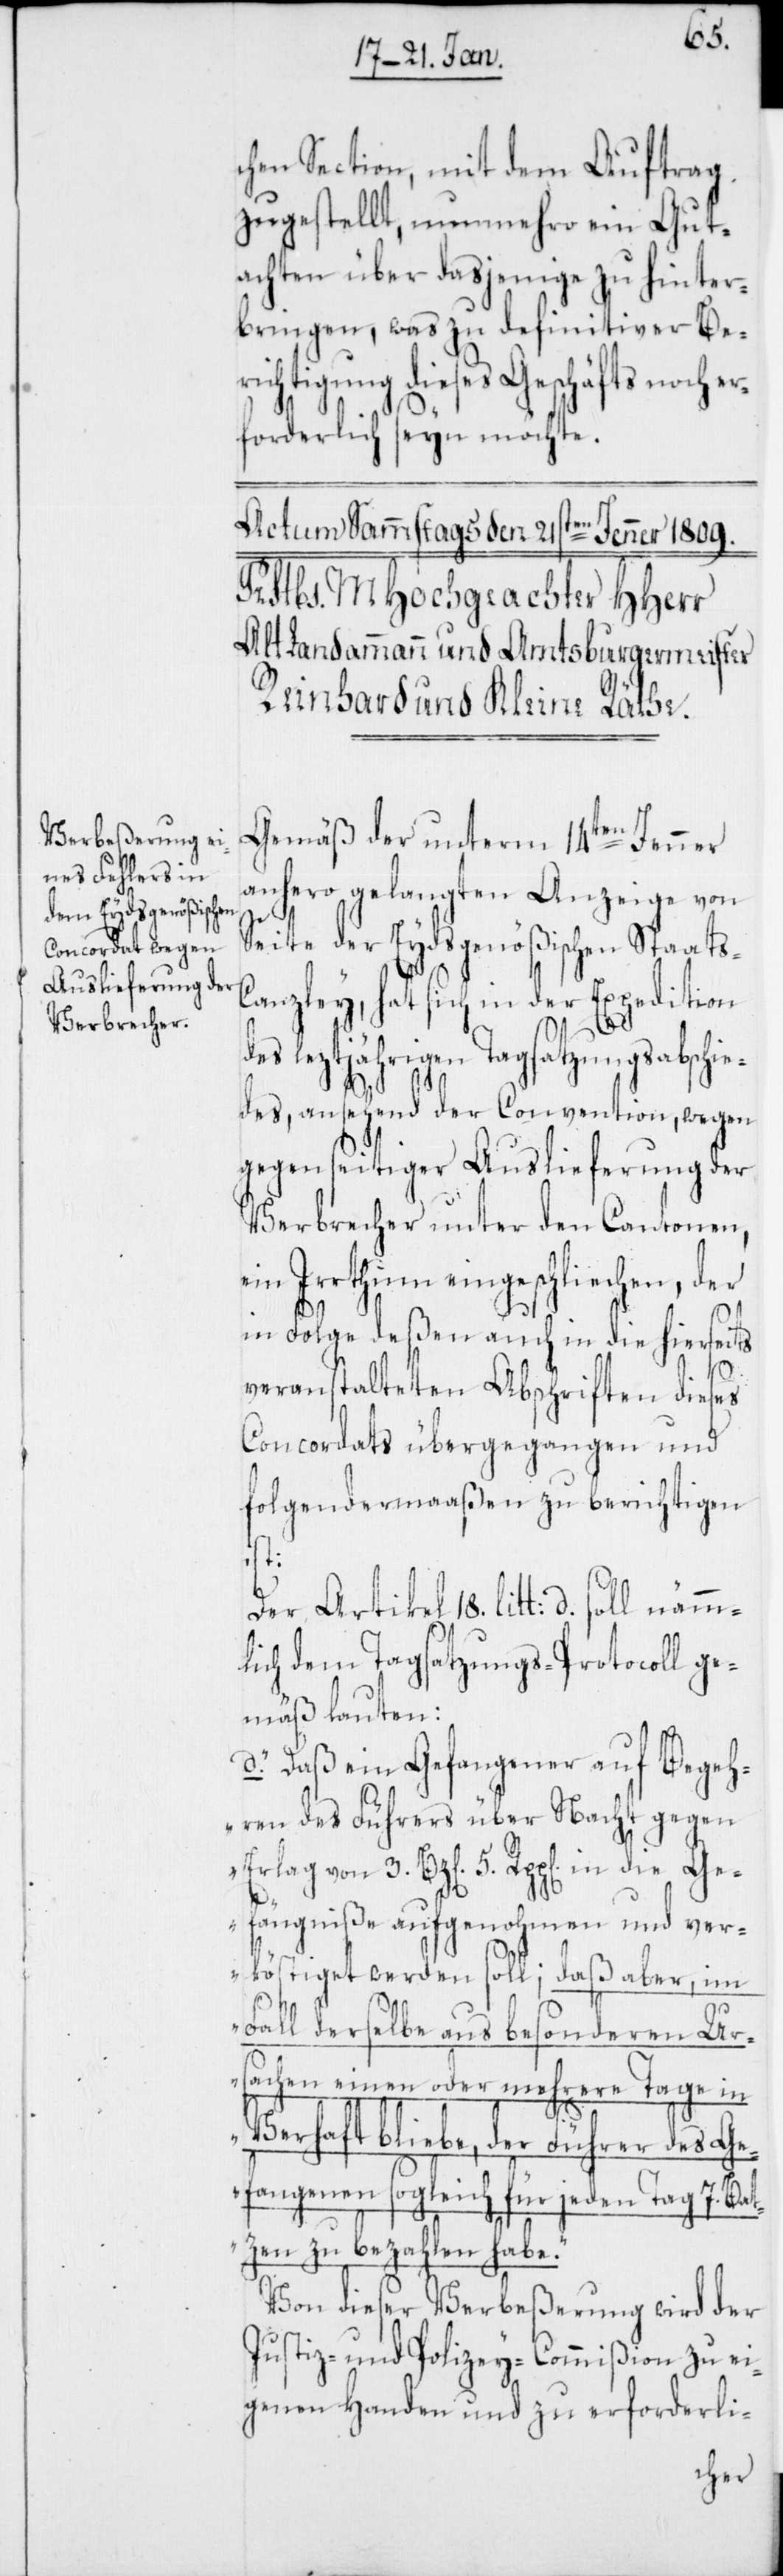
chen Section, mit dem Auftrag
zugestellt, nunmehro ein Gut¬
achten über dasjenige zu hinter¬
bringen, was zu definitiver Be¬
richtigung dieses Geschäfts noch er¬
forderlich seyn möchte.
Gemäß der unterm 14ten Jenner
anhero gelangten Anzeige von
e¬
Seite der Eydsgenößischen Staat¬
anzley, hat sich in der Expedition
des leztjährigen Tagsatzungsabschie¬
des, ansehend der Convention, wegen
gegenseitiger Auslieferung der
Verbrecher unter den Cantonen,
in Irrthum eingeschliechen, der
in Folge deßen auch in die hierseits
3.
veranstalteten Abschriften dieses
Concordats übergegangen und
folgendermaßen zu berichtigen
5.
Der Artikel 18. litt. d. soll nämm¬
lich dem Tagsatzungs-Protocoll ge¬
mäß lauten:
d. „Daß ein Gefangener auf Begeh¬
ren des Führers über Nacht gegen
Gefängniße aufgenohmen und ver¬
köstiget werden soll; daß aber, im
Fall derselbe aus besonderen Ur¬
sachen einen oder mehrere Tage in
Verhaft bliebe, der Führer des Ge¬
fangenen sogleich für jeden Tag 7. Bat¬
zen zu bezahlen habe.“
Von dieser Verbeßerung wird der
Justiz- und Polizey-Commißion zu ei¬
genen Handen und zu erforderli-